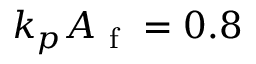
k _ { p } A _ { \mathrm { ~ f ~ } } = 0 . 8